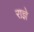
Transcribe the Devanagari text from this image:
राज्ञे